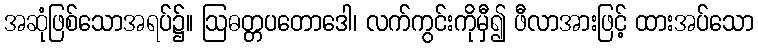
အဆုံဖြစ်သောအရပ်၌။ ဩဓတ္တပတောဒေါ၊ လက်ကွင်းကိုမှီ၍ ဖီလာအားဖြင့် ထားအပ်သော